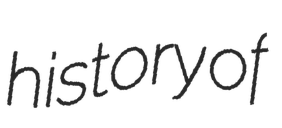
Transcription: history of